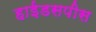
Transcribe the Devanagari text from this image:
हाईडसपीस